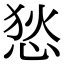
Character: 悐